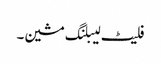
فلیٹ لیبلنگ مشین۔